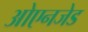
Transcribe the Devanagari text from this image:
ओएनजेड